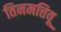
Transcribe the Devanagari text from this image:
तिनमत्तिवू